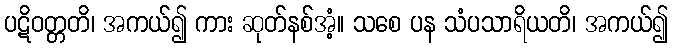
ပဋိဝတ္တတိ၊ အကယ်၍ ကား ဆုတ်နစ်အံ့။ သစေ ပန သံပသာရိယတိ၊ အကယ်၍